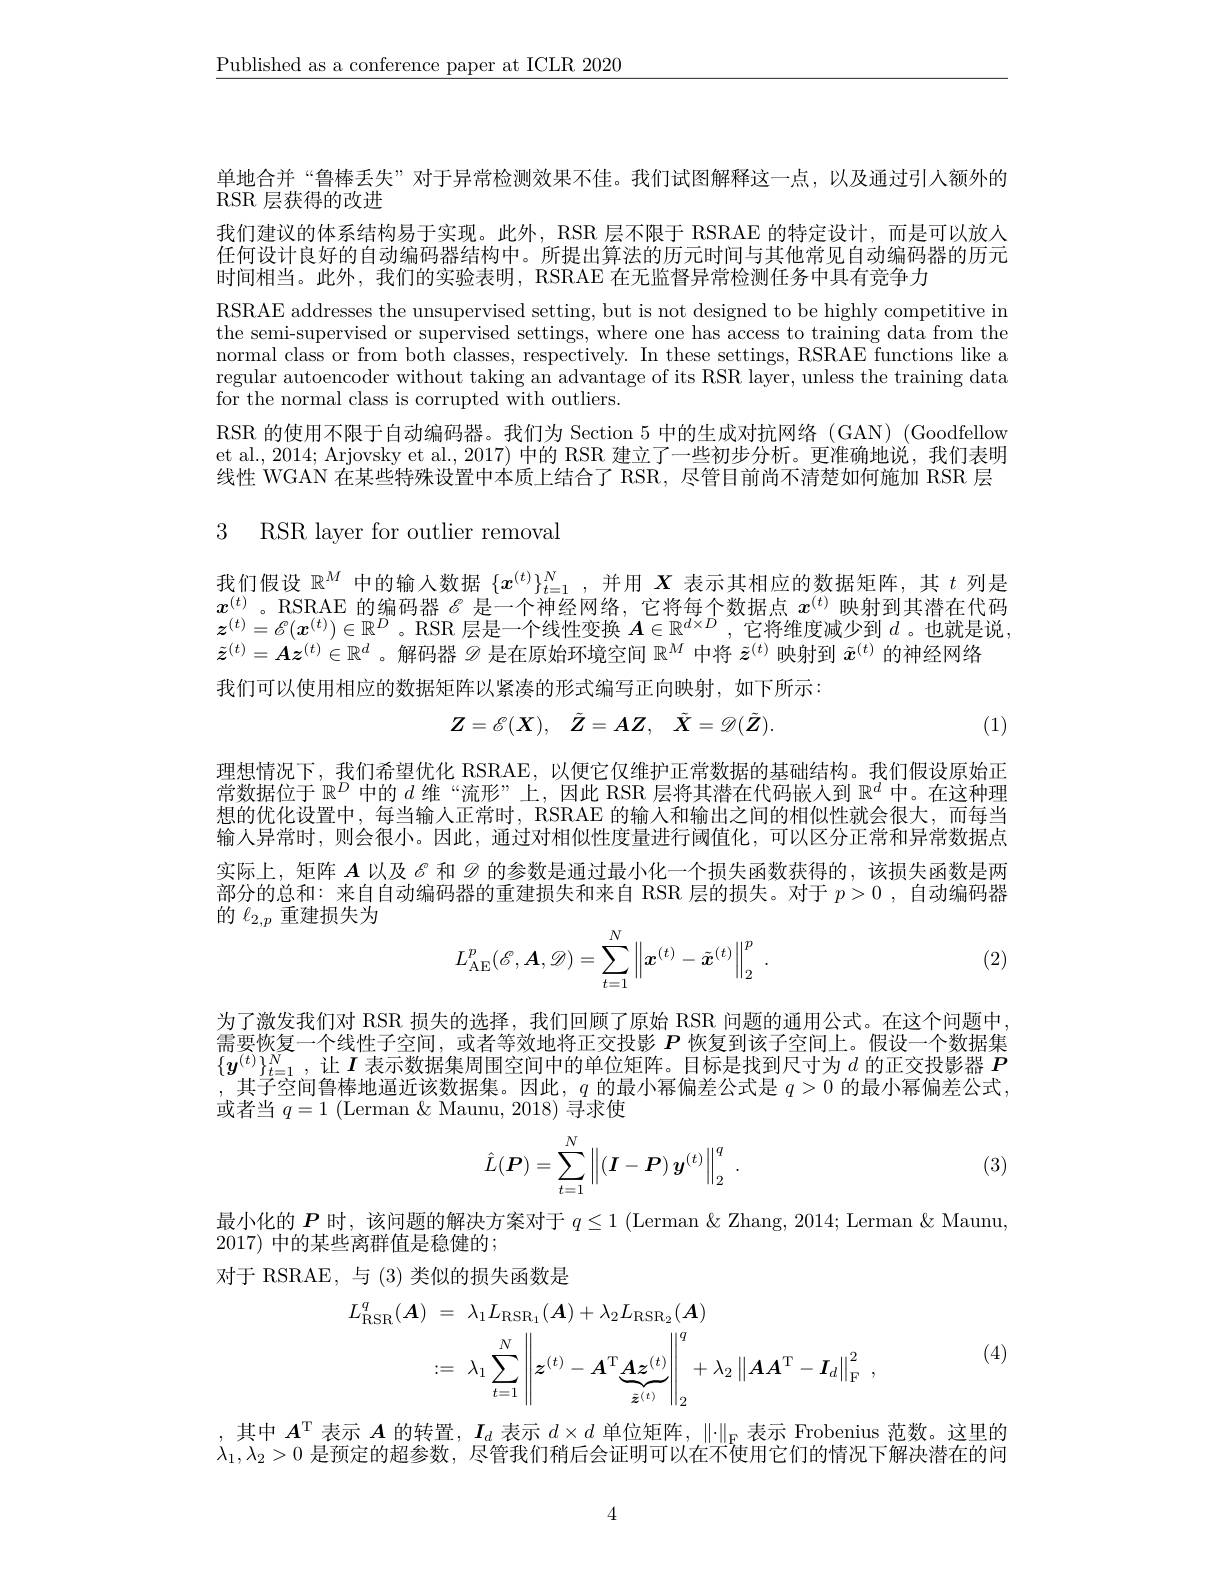
$\underline{\text{Published as a conference paper at ICLR 2020}}$

单地合并“鲁棒丢失”对于异常检测效果不佳。我们试图解释这一点，以及通过引人额外的
RSR 层获得的改进

我们建议的体系结构易于实现。此外，RSR 层不限于 RSRAE 的特定设计，而是可以放人任何设计良好的自动编码器结构中。所提出算法的历元时间与其他常见自动编码器的历元时间相当。此外，我们的实验表明，RSRAE 在无监督异常检测任务中具有竞争力
RSRAE addresses the unsupervised setting, but is not designed to be highly competitive in the semi-supervised or supervised settings, where one has access to training data from the normal class or from both classes, respectively. In these settings, RSRAE functions like a regular autoencoder without taking an advantage of its RSR layer, unless the training data for the normal class is corrupted with outliers.
RSR 的使用不限于自动编码器。我们为 Section 5 中的生成对抗网络(GAN) (Goodfellow et al., 2014; Arjovsky et al., 2017) 中的 RSR 建立了一些初步分析。更准确地说，我们表明线性 WGAN 在某些特殊设置中本质上结合了 RSR, 尽管目前尚不清楚如何施加 RSR 层

# 3 RSR layer for outlier removal

我们假设$\mathbb{R}^M$中的输入数据$\{x^(t)\}_t=1^N$,并用$X$表示其相应的数据矩阵，其$t$列是$x^{(t)}$。RSRAE 的编码器$\mathscr{E}$是一个神经网络，它将每个数据点$x^(t)$映射到其潜在代码$\boldsymbol{z}^{(t)}=\mathcal{\varepsilon}(\boldsymbol{x}^{(t)})\in\mathbb{R}^D$。RSR 层是一个线性变换$\boldsymbol A\in\mathbb{R}^d\times D$ ,它将维度减少到$d$ 。也就是说， $\tilde{z}^{(t)}=Az^{(t)}\in\mathbb{R}^d$ 。解码器$\mathscr{D}$是在原始环境空间$\mathbb{R}^M$中将$\tilde{z}^(t)$映射到$\tilde{x}^(t)$的神经网络
我们可以使用相应的数据矩阵以紧凑的形式编写正向映射，如下所示：
$$Z=\mathscr{E}(\boldsymbol{X}),\quad\tilde{\boldsymbol{Z}}=A\boldsymbol{Z},\quad\tilde{\boldsymbol{X}}=\mathscr{D}(\tilde{\boldsymbol{Z}}).$$
(1)

理想情况下，我们希望优化 RSRAE,以便它仅维护正常数据的基础结构。我们假设原始正常数据位于$\mathbb{R}^D$中的$d$维“流形”上，因此 RSR 层将其潜在代码嵌人到$\mathbb{R}^d$中。在这种理想的优化设置中，每当输人正常时，RSRAE 的输入和输出之间的相似性就会很大，而每当输入异常时，则会很小。因此，通过对相似性度量进行阈值化，可以区分正常和异常数据点实际上，矩阵$A$以及$\mathscr{E}$和$\mathscr{D}$的参数是通过最小化一个损失函数获得的，该损失函数是两部分的总和：来自自动编码器的重建损失和来自 RSR 层的损失。对于$p>0$ ,自动编码器的$\ell_{2,p}$重建损失为
$$L_{\mathrm{AE}}^p(\mathscr{E},\boldsymbol{A},\mathscr{D})=\sum_{t=1}^N\left\|\boldsymbol{x}^{(t)}-\tilde{\boldsymbol{x}}^{(t)}\right\|_2^p\:.$$
(2)

为了激发我们对 RSR 损失的选择，我们回顾了原始 RSR 问题的通用公式。在这个问题中， 需要恢复一个线性子空间，或者等效地将正交投影$P$恢复到该子空间上。假设一个数据集$\{\boldsymbol{y}^{(t)}\}_{t=1}^N$,让$I$表示数据集周围空间中的单位矩阵。目标是找到尺寸为$d$的正交投影器$P$ ,其子空间鲁棒地逼近该数据集。因此，$q$的最小幂偏差公式是$q>0$的最小幂偏差公式， 或者当$q=1$ (Lerman &Maunu, 2018) 寻求使
$$\hat{L}(\boldsymbol{P})=\sum\limits_{t=1}^{N}\left\|(\boldsymbol{I}-\boldsymbol{P})\:\boldsymbol{y}^{(t)}\right\|_{2}^{q}\:.$$
(3)

最小化的$P$时，该问题的解决方案对于$q\leq1$ (Lerman &Zhang, 2014; Lerman & Maunu,
2017) 中的某些离群值是稳健的；
对于 RSRAE,与 (3) 类似的损失函数是
$$\begin{aligned}L_{\mathrm{RSR}}^{q}(\boldsymbol{A})&=\:\lambda_{1}L_{\mathrm{RSR}_{1}}(\boldsymbol{A})+\lambda_{2}L_{\mathrm{RSR}_{2}}(\boldsymbol{A})\\&:=\:\lambda_{1}\sum_{t=1}^{N}\left\|\boldsymbol{z}^{(t)}-\boldsymbol{A}^{\mathrm{T}}\underbrace{\boldsymbol{A}\boldsymbol{z}^{(t)}}_{\tilde{\boldsymbol{z}}^{(t)}}\right\|_{2}^{q}+\lambda_{2}\left\|\boldsymbol{A}\boldsymbol{A}^{\mathrm{T}}-\boldsymbol{I}_{d}\right\|_{\mathrm{F}}^{2}\:,\end{aligned}$$
(4)

其中$A^\mathrm{T}$表示$A$的转置，$I_d$表示$d\times d$单位矩阵，$\|\cdot\|_\mathrm{F}$表示 Frobenius 范数。这里的$\lambda_1,\lambda_2>0$是预定的超参数，尽管我们稍后会证明可以在不使用它们的情况下解决潜在的问

4